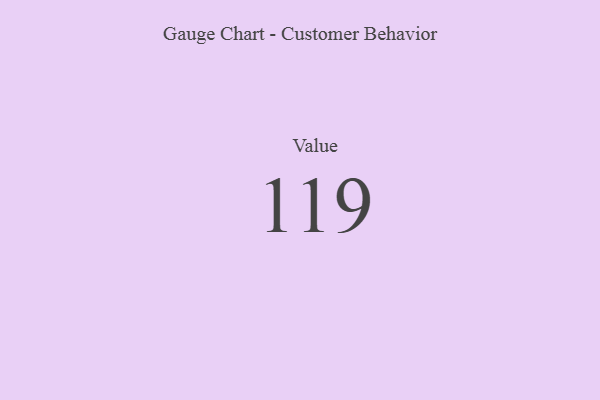
{"axis": {"x": "Metric", "y": "Value"}, "legend": [""], "data": [{"x": "Value", "y": 119, "type": ""}]}